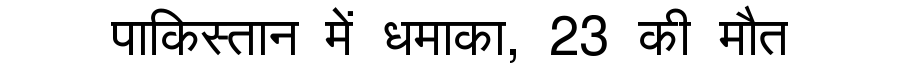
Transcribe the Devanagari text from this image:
पाकिस्तान में धमाका, 23 की मौत